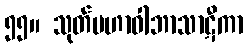
၅၅။ သုတ်မဟာဝါဘာသာဋီကာ